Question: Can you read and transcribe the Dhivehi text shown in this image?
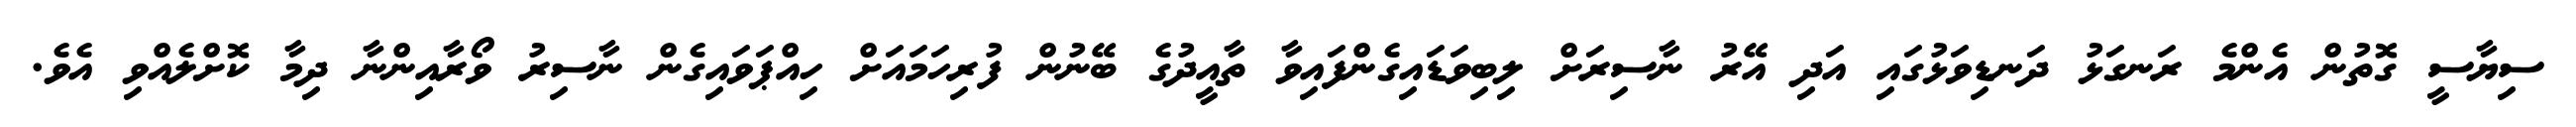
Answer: ސިޔާސީ ގޮތުން އެންމެ ރަނގަޅު ދަނޑިވަޅުގައި އަދި އޭރު ނާސިރަށް ލިބިވަޑައިގެންފައިވާ ތާއީދުގެ ބޭނުން ފުރިހަމައަށް ހިއްޕަވައިގެން ނާސިރު ވޯރާއިންނާ ދިމާ ކޮށްލެއްވި އެވެ.